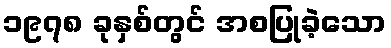
၁၉၇၈ ခုနှစ်တွင် အစပြုခဲ့သော